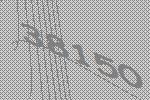
38150